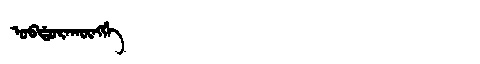
Manchu: ᠣᠪᡩᠣᡵᠠᡴᡡᠩᡤᡝ
Romanization: OBDORAKŪNGGE